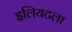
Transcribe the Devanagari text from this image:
इलियटला